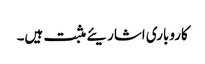
کاروباری اشاریئے مثبت ہیں۔